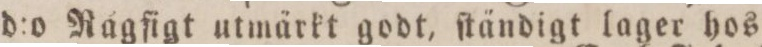
d:o Ragfigt utmärkt godt, ſtändigt lager hos